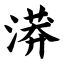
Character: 漭